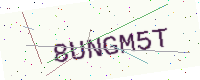
Text: 8UNGM5T